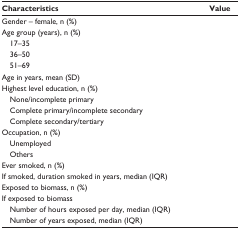
<table><thead><tr><td><b>Characteristics</b></td><td><b>Value</b></td></tr></thead><tbody><tr><td>Gender – female, n (%)</td><td>[EMPTY_CELL]</td></tr><tr><td>Age group (years), n (%)</td><td>[EMPTY_CELL]</td></tr><tr><td> 17–35</td><td>[EMPTY_CELL]</td></tr><tr><td> 36–50</td><td>[EMPTY_CELL]</td></tr><tr><td> 51–69</td><td>[EMPTY_CELL]</td></tr><tr><td>Age in years, mean (SD)</td><td>[EMPTY_CELL]</td></tr><tr><td>Highest level education, n (%)</td><td>[EMPTY_CELL]</td></tr><tr><td> None/incomplete primary</td><td>[EMPTY_CELL]</td></tr><tr><td> Complete primary/incomplete secondary</td><td>[EMPTY_CELL]</td></tr><tr><td> Complete secondary/tertiary</td><td>[EMPTY_CELL]</td></tr><tr><td>Occupation, n (%)</td><td>[EMPTY_CELL]</td></tr><tr><td> Unemployed</td><td>[EMPTY_CELL]</td></tr><tr><td> Others</td><td>[EMPTY_CELL]</td></tr><tr><td>Ever smoked, n (%)</td><td>[EMPTY_CELL]</td></tr><tr><td>If smoked, duration smoked in years, median (IQR)</td><td>[EMPTY_CELL]</td></tr><tr><td>Exposed to biomass, n (%)</td><td>[EMPTY_CELL]</td></tr><tr><td>If exposed to biomass</td><td>[EMPTY_CELL]</td></tr><tr><td> Number of hours exposed per day, median (IQR)</td><td>[EMPTY_CELL]</td></tr><tr><td> Number of years exposed, median (IQR)</td><td>[EMPTY_CELL]</td></tr></tbody></table>